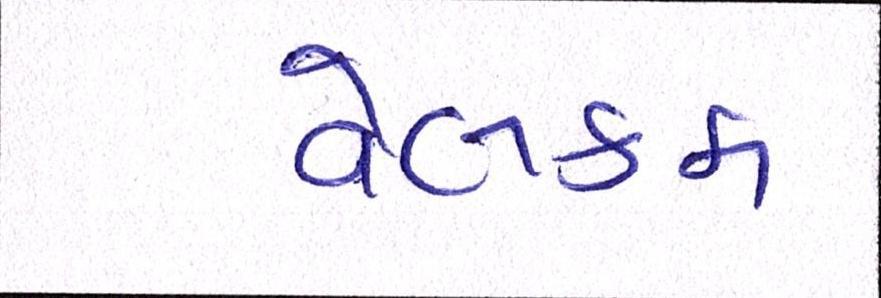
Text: વેલકમ